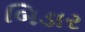
બિડાર